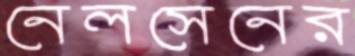
নেলসেনের